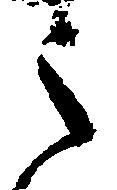
之